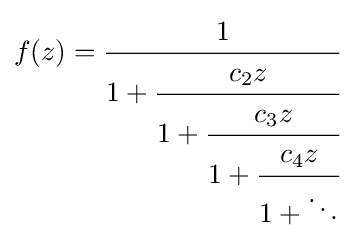
f(z)={\cfrac {1}{1+{\cfrac {c_{2}z}{1+{\cfrac {c_{3}z}{1+{\cfrac {c_{4}z}{1+\ddots }}}}}}}}